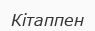
Кітаппен